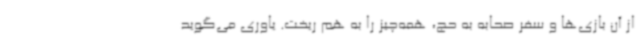
از آن بازی‌ها و سفر صحابه به حج، همه‌چیز را به هم ریخت. یاوری می‌گوید